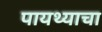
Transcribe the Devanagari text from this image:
पायथ्याचा